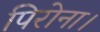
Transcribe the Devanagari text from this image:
पिरोना।